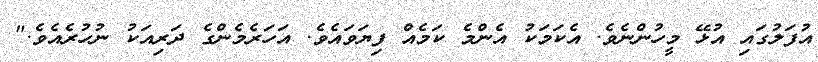
އުފަލުގައި އުޅޭ މީހުންނެވެ. އެކަމަކު އެންމެ ކަމެއް ފިޔަވައެވެ. އަހަރެމެންގެ ދަރިއަކު ނުހުރެއެވެ."